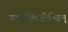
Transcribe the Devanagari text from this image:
वक्रोक्तिजीवितम्